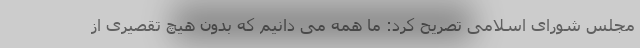
مجلس شورای اسلامی تصریح کرد: ما همه می دانیم که بدون هیچ تقصیری از